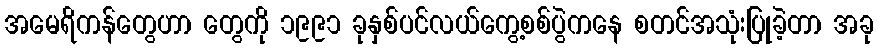
အမေရိကန်တွေဟာ တွေကို ၁၉၉၁ ခုနှစ်ပင်လယ်ကွေ့စစ်ပွဲကနေ စတင်အသုံးပြုခဲ့တာ အခု